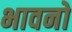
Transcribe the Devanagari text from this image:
भावनो